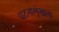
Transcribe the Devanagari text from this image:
घटनाशृंखला